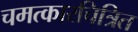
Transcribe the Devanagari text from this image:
चमत्कारचित्रित